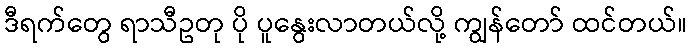
ဒီရက်တွေ ရာသီဥတု ပို ပူနွေးလာတယ်လို့ ကျွန်တော် ထင်တယ်။